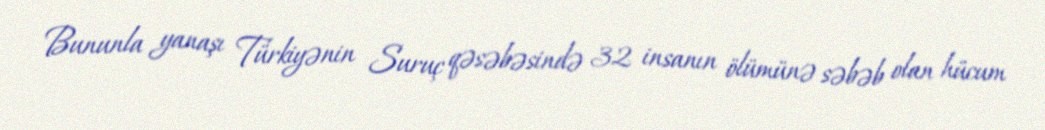
Bununla yanaşı Türkiyənin Suruç qəsəbəsində 32 insanın ölümünə səbəb olan hücum